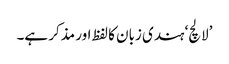
’لالچ‘ ہندی زبان کا لفظ اور مذکر ہے۔